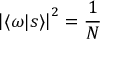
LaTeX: \left| \langle \omega | s \rangle \right| ^ { 2 } = { \frac { 1 } { N } }